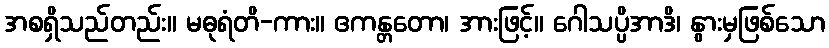
အစရှိသည်တည်း။ မဓုရံတိ-ကား။ ဧကန္တတော၊ အားဖြင့်။ ဂေါသပ္ပိအာဒိ၊ နွားမှဖြစ်သော